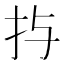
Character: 𱟩